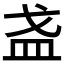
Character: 𪭌